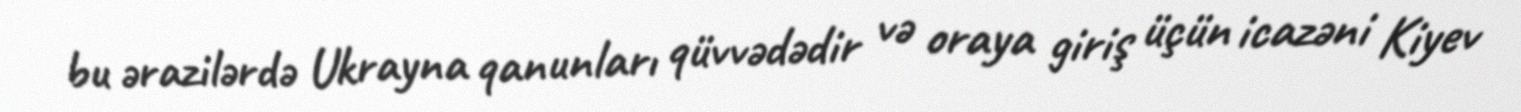
bu ərazilərdə Ukrayna qanunları qüvvədədir və oraya giriş üçün icazəni Kiyev